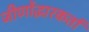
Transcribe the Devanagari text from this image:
जीर्णोद्धारकर्ता